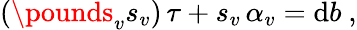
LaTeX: (\pounds_{v}s_{v})\, \tau+s_{v}\, \alpha_{v}=\mathrm{d}b\ ,